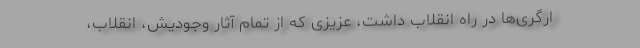
ارگری‌ها در راه انقلاب داشت، عزیزی که از تمام آثار وجودیش، انقلاب،